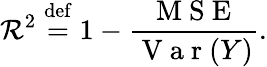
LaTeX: \mathcal{R}^{2}\stackrel{\mathrm{{def}}}{=}1-\frac{{\mathrm{{~M~S~E~}}}}{{\mathrm{{~V~a~r~}}(Y)}}.